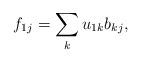
LaTeX: \begin{align*}f_{1j} = \sum_k u_{1k}b_{kj},\end{align*}